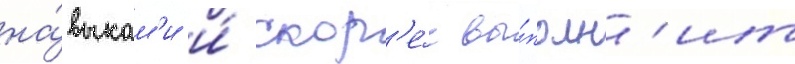
на́выкам'и и́ скор'е́е вы́полн'ит